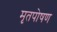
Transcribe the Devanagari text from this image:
मृतपोषण